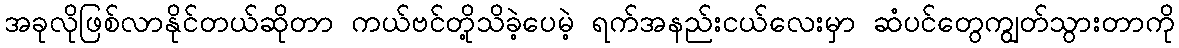
အခုလိုဖြစ်လာနိုင်တယ်ဆိုတာ ကယ်ဗင်တို့သိခဲ့ပေမဲ့ ရက်အနည်းငယ်လေးမှာ ဆံပင်တွေကျွတ်သွားတာကို